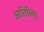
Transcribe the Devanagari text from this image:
आतिरिक्त्